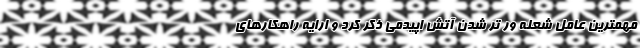
مهمترین عامل شعله ور تر شدن آتش اپیدمی ذکر کرد و ارایه راهکارهای